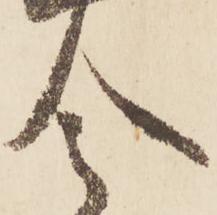
令